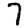
Digit: 7